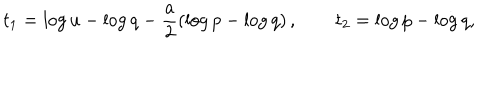
t _ { 1 } = \log u - \log q - \frac { a } { 2 } ( \log p - \log q ) \, , \qquad t _ { 2 } = \log p - \log q ,